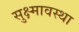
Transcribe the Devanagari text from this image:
सुक्ष्मावस्था